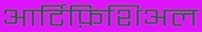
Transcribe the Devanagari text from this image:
आर्टिफ़िशिअल